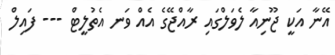
އޭނާ އަކީ ޖޫނިއާ ލެވަލްގައި ރާއްޖޭގެ އެއް ވަަނ އެތުލީޓް --- ފައިލް